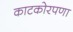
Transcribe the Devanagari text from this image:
काटकोरपणा